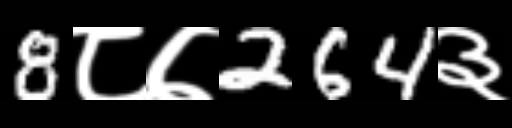
Text: 8८७264३